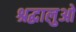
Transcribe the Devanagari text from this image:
श्रद्धालुओ